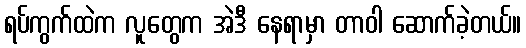
ရပ်ကွက်ထဲက လူတွေက အဲဒီ နေရာမှာ တာဝါ ဆောက်ခဲ့တယ်။